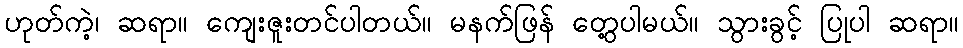
ဟုတ်ကဲ့၊ ဆရာ။ ကျေးဇူးတင်ပါတယ်။ မနက်ဖြန် တွေ့ပါမယ်။ သွားခွင့် ပြုပါ ဆရာ။